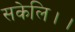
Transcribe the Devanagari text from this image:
सकेलि।।